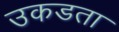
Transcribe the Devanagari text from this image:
उकडता